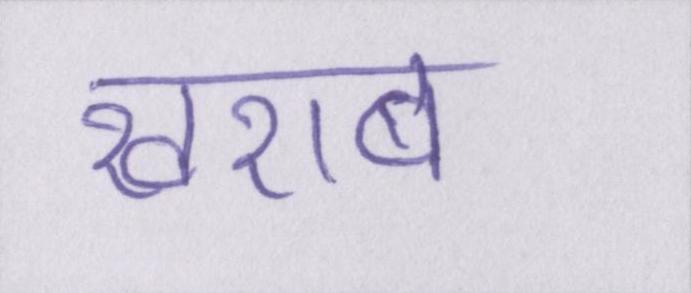
खराब